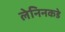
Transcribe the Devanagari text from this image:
लेनिनकडे